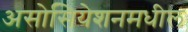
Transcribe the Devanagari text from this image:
असोसियेशनमधील